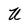
Character: U